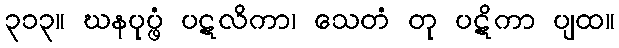
၃၁၃။ ဃနပုပ္ဖံ ပဋလိကာ၊ သေတံ တု ပဋိကာ ပျထ။